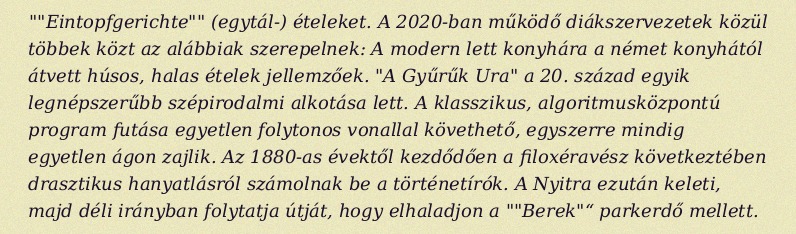
""Eintopfgerichte"" (egytál-) ételeket. A 2020-ban működő diákszervezetek közül többek közt az alábbiak szerepelnek: A modern lett konyhára a német konyhától átvett húsos, halas ételek jellemzőek. "A Gyűrűk Ura" a 20. század egyik legnépszerűbb szépirodalmi alkotása lett. A klasszikus, algoritmusközpontú program futása egyetlen folytonos vonallal követhető, egyszerre mindig egyetlen ágon zajlik. Az 1880-as évektől kezdődően a filoxéravész következtében drasztikus hanyatlásról számolnak be a történetírók. A Nyitra ezután keleti, majd déli irányban folytatja útját, hogy elhaladjon a ""Berek"“ parkerdő mellett.